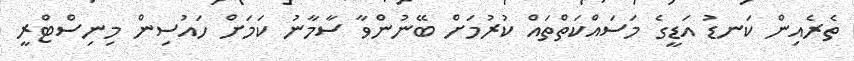
ތެރެއިން ކަނޑު އަޑީގެ މަސައްކަތްތައް ކުރުމަށް ބޭނުންވާ ސާމާނު ކަމަށް ހައުސިން މިނިސްޓްރީ